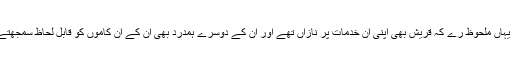
یہ امر یہاں ملحوظ رے کہ قریش بھی اپنی ان خدمات پر نازاں تھے اور ان کے دوسرے ہمدرد بھی ان کے ان کاموں کو قابل لحاظ سمجھتے تھے۔